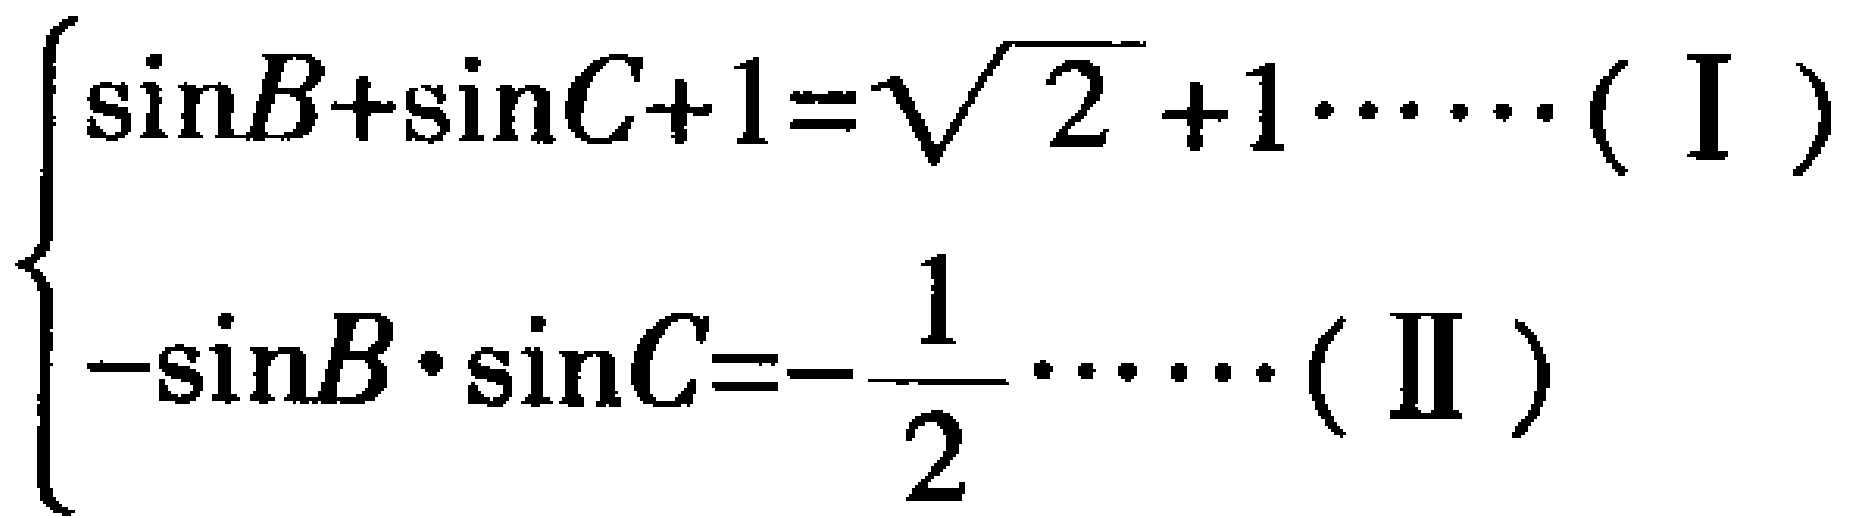
\[\begin{cases}

\sin B+\sin C + 1=\sqrt{2}+1\cdots\cdots(\text{I})\\

-\sin B\cdot\sin C=-\frac{1}{2}\cdots\cdots(\text{II})

\end{cases}\]